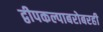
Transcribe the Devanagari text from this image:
द्वीपकल्पाबरोबरही